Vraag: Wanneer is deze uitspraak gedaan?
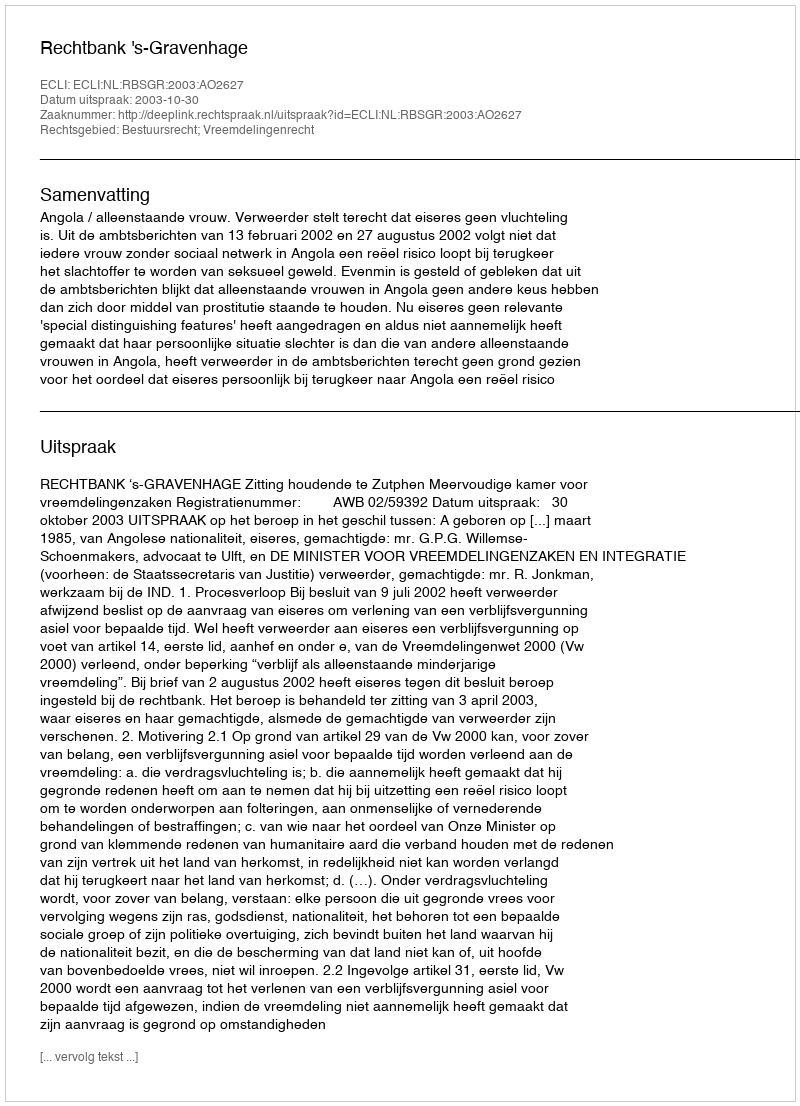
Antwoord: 2003-10-30